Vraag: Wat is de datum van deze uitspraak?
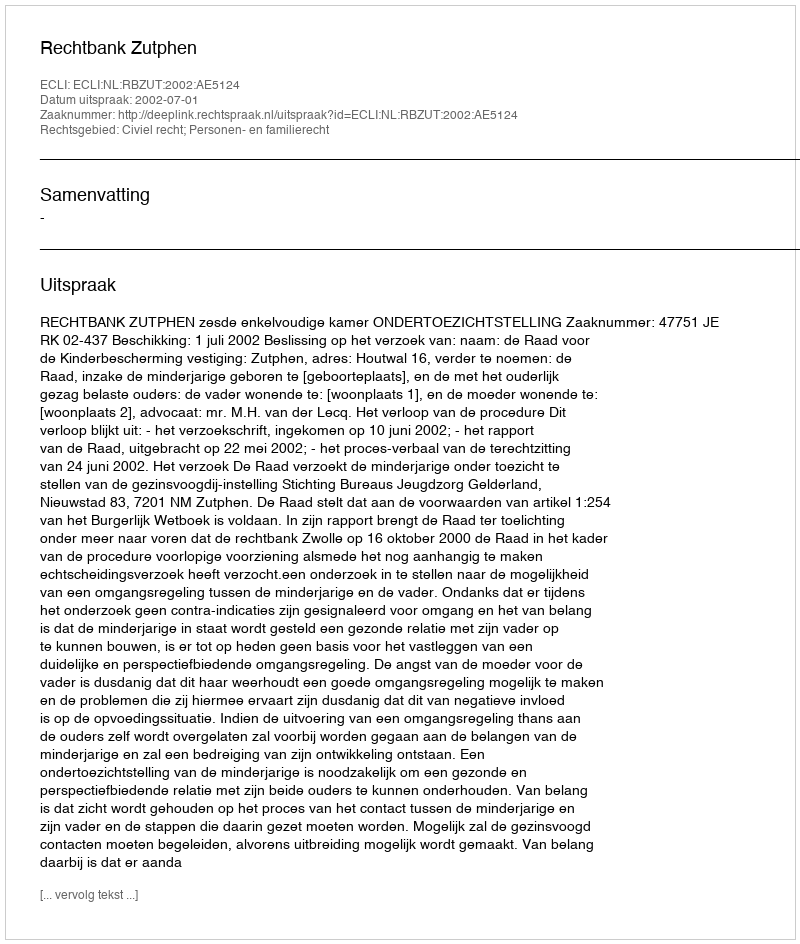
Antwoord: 2002-07-01